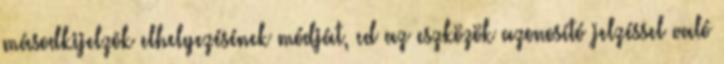
másodkijelzõk elhelyezésének módját, cd az eszközök azonosító jelzéssel való